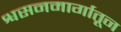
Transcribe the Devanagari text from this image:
श्वसनमार्गातून